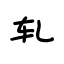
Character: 轧